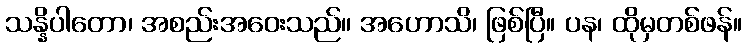
သန္နိပါတော၊ အစည်းအဝေးသည်။ အဟောသိ၊ ဖြစ်ပြီ။ ပန၊ ထိုမှတစ်ဖန်။